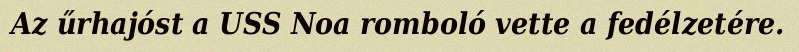
Az űrhajóst a USS Noa romboló vette a fedélzetére.